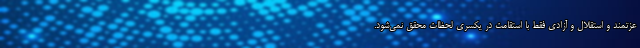
عزتمند و استقلال و آزادی فقط با استقامت در یکسری لحظات محقق نمی‌شود.